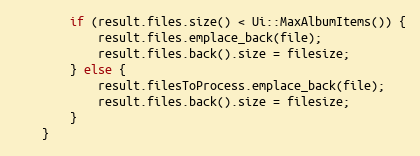
Language: C++
		if (result.files.size() < Ui::MaxAlbumItems()) {
			result.files.emplace_back(file);
			result.files.back().size = filesize;
		} else {
			result.filesToProcess.emplace_back(file);
			result.files.back().size = filesize;
		}
	}